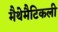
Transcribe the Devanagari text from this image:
मैथेमैटिकली